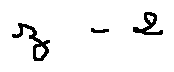
z - 2